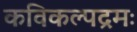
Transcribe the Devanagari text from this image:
कविकल्पद्रमः